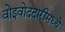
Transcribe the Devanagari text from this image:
वोइवोददारीमध्ये